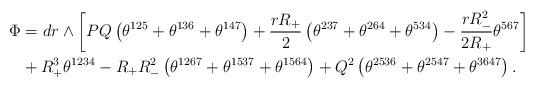
LaTeX: \begin{align*}\Phi&=dr\wedge\left[PQ\left(\theta^{125}+\theta^{136}+\theta^{147}\right)+\frac{rR_{+}}{2}\left(\theta^{237}+\theta^{264}+\theta^{534}\right)-\frac{rR_{-}^{2}}{2R_{+}}\theta^{567}\right]\\&+R_{+}^{3}\theta^{1234}-R_{+}R_{-}^{2}\left(\theta^{1267}+\theta^{1537}+\theta^{1564}\right)+Q^{2}\left(\theta^{2536}+\theta^{2547}+\theta^{3647}\right).\end{align*}